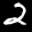
Label: 2